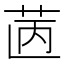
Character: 𦭯